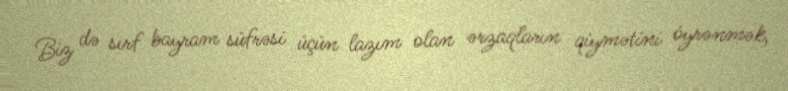
Biz də sırf bayram süfrəsi üçün lazım olan ərzaqların qiymətini öyrənmək,